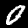
Label: 0